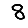
Digit: 8